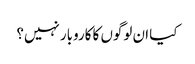
کیا ان لوگوں کا کاروبار نہیں؟